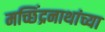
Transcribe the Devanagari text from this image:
मच्छिंद्रनाथांच्या